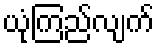
ယုံကြည်လျက်